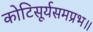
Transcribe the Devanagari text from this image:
कोटिसूर्यसमप्रभ॥